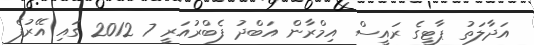
އަދާލަތު ޕާޓީގެ ރައީސް އިމްރާން އަބްދު ފެބްރުއަރީ 7 2012 ގައި އޭރުފެ